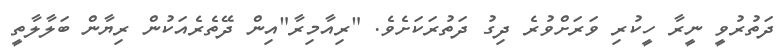
ދަތުރުވީ ނީރާ ހީކުރި ވަރަށްވުރެ ދިގު ދަތުރަކަށެވެ. "ރިއާމިރާ"އިން ދޭތެރެއަކުން ރިޔާން ބަލާލާތީ